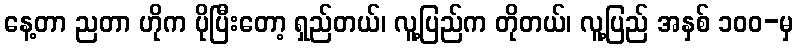
နေ့တာ ညတာ ဟိုက ပိုပြီးတော့ ရှည်တယ်၊ လူ့ပြည်က တိုတယ်၊ လူ့ပြည် အနှစ် ၁၀၀-မှ